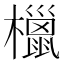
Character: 㯿